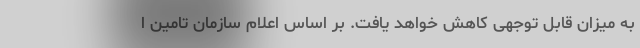
به میزان قابل توجهی کاهش خواهد یافت. بر اساس اعلام سازمان تامین ا